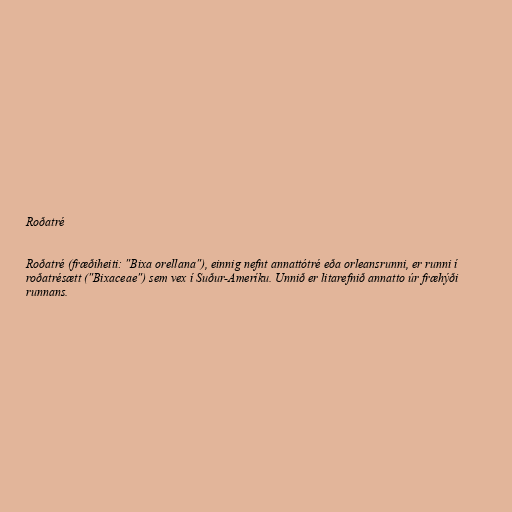
Roðatré

Roðatré (fræðiheiti: "Bixa orellana"), einnig nefnt annattótré eða orleansrunni, er runni í
roðatrésætt ("Bixaceae") sem vex í Suður-Ameríku. Unnið er litarefnið annatto úr fræhýði
runnans.